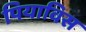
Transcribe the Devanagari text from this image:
पियाविस